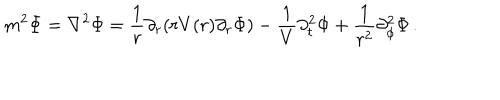
m ^ { 2 } \Phi = \nabla ^ { 2 } \Phi = \frac 1 r \partial _ { r } ( r V ( r ) \partial _ { r } \Phi ) - \frac 1 V \partial _ { t } ^ { 2 } \Phi + \frac { 1 } { r ^ { 2 } } \partial _ { \phi } ^ { 2 } \Phi \, .